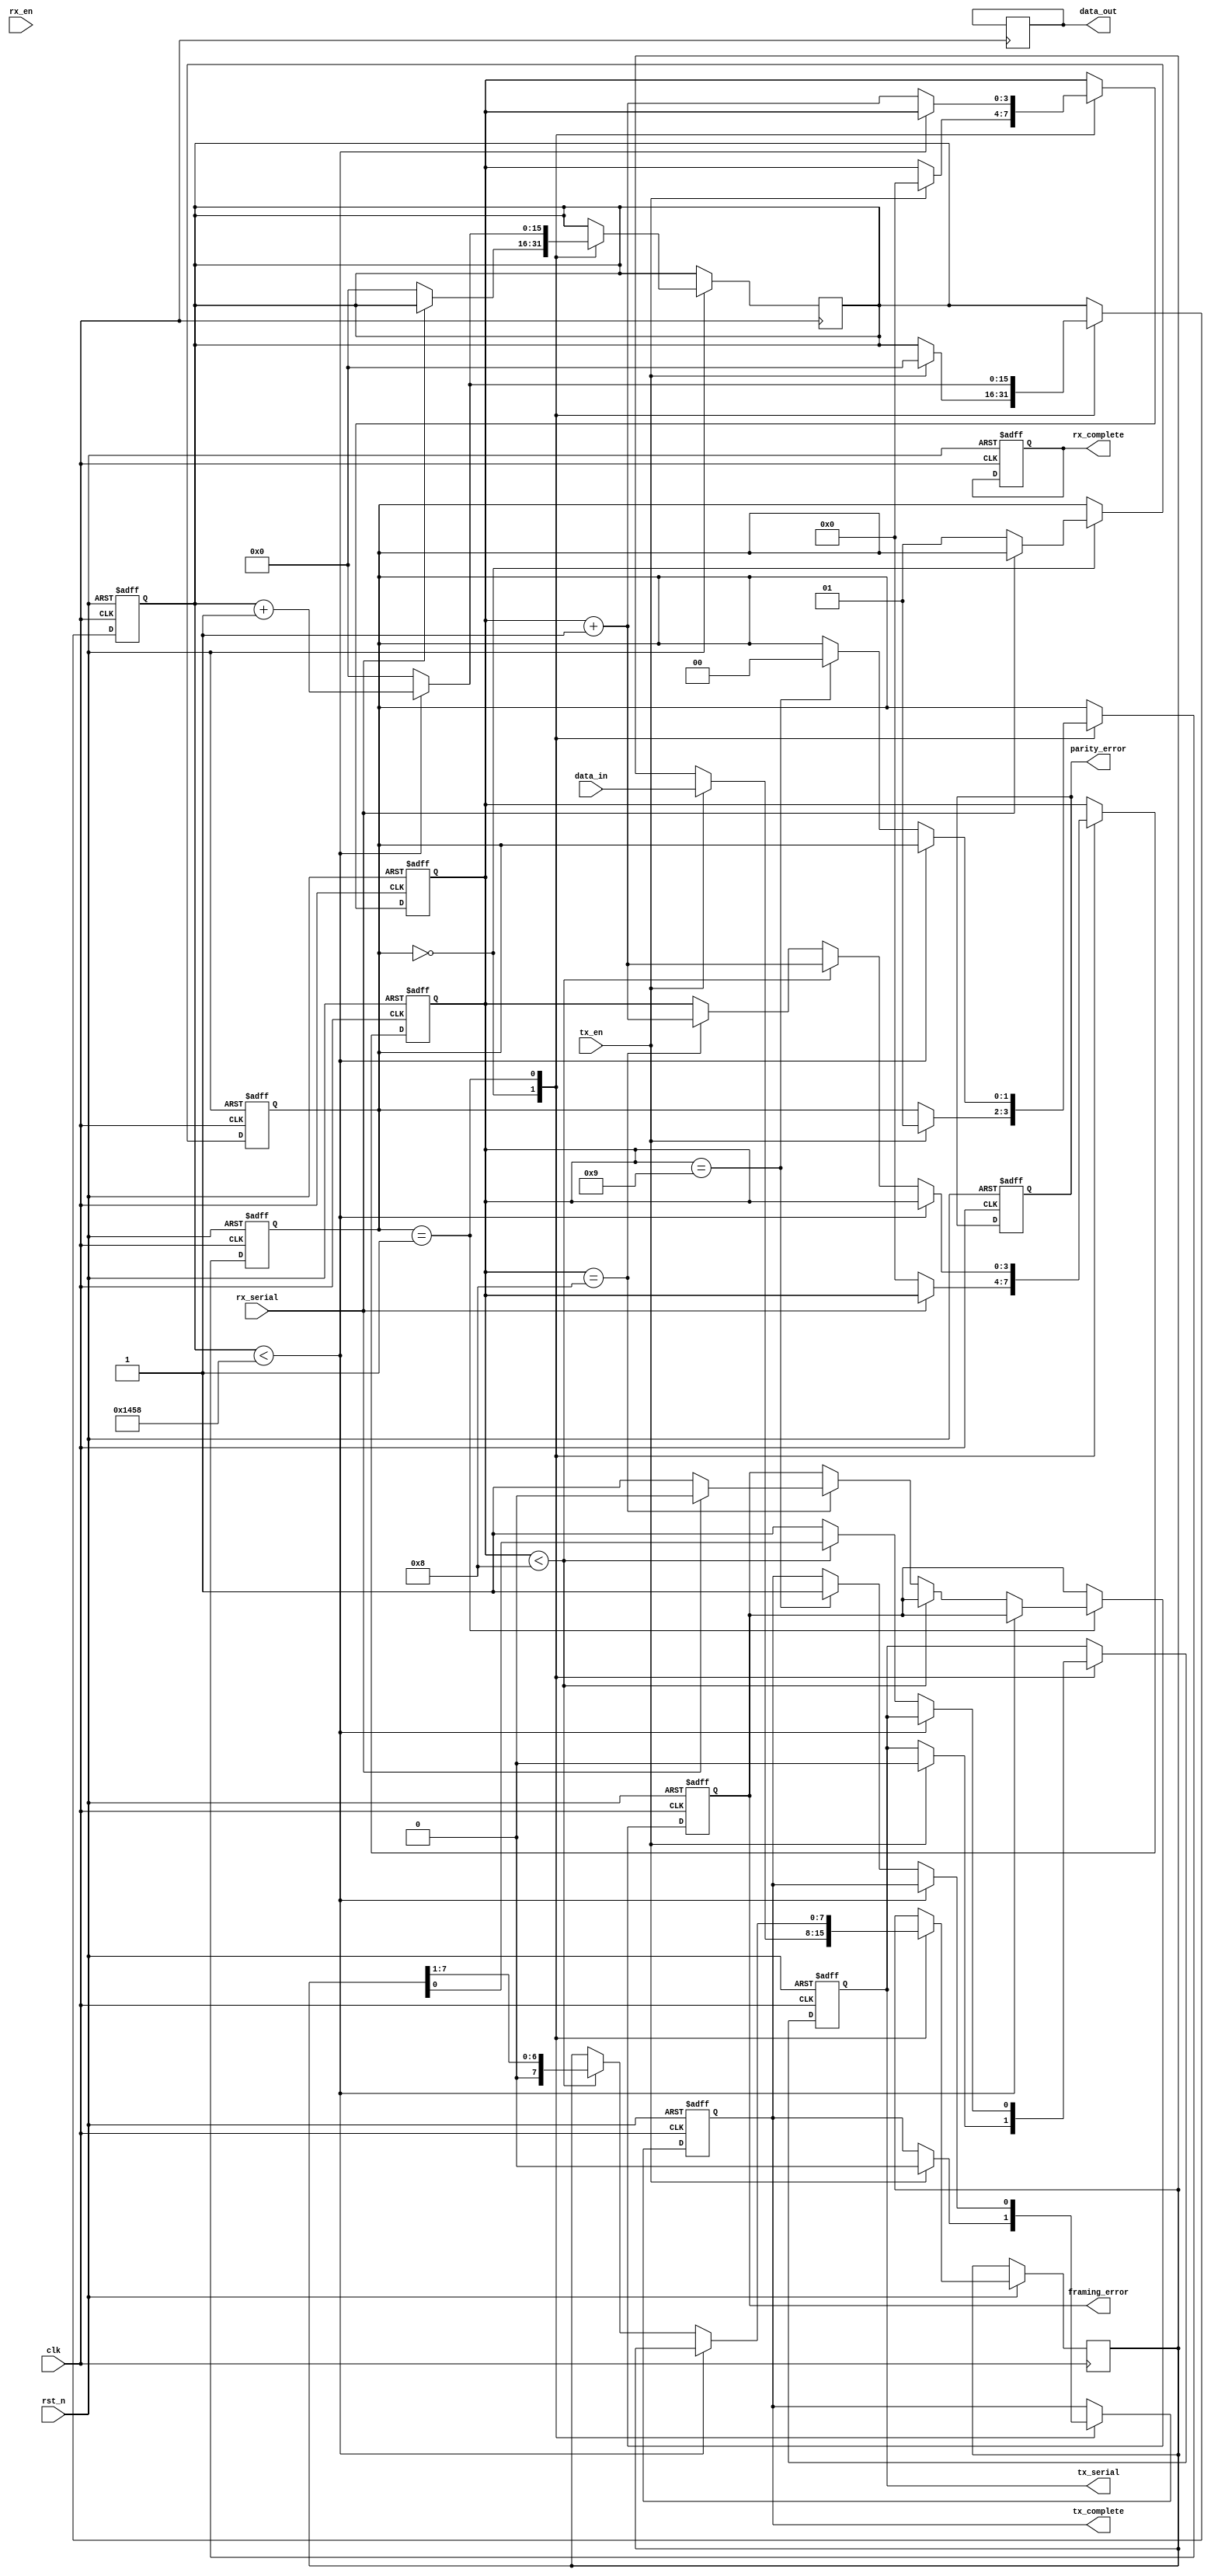
module parameterized_uart #(
    parameter DATA_WIDTH = 8,          // Number of data bits (5 to 9)
    parameter STOP_BITS = 1,            // 1 or 2 stop bits
    parameter PARITY_ENABLE = 0,        // 0: no parity, 1: even, 2: odd
    parameter BAUD_RATE = 9600          // Baud rate
)(
    input wire clk,
    input wire rst_n,
    input wire [DATA_WIDTH-1:0] data_in,
    input wire tx_en,
    input wire rx_en,
    input wire rx_serial,
    output reg tx_serial,
    output reg [DATA_WIDTH-1:0] data_out,
    output reg tx_complete,
    output reg rx_complete,
    output reg parity_error,
    output reg framing_error
);

localparam CLOCK_FREQ = 50000000; // System clock frequency (adjust as needed)
localparam BAUD_DIV = CLOCK_FREQ / BAUD_RATE;

reg [15:0] baud_counter;            // Counter for baud rate timing
reg [3:0] bit_index;                // Bit index for both TX and RX
reg [DATA_WIDTH-1:0] shift_reg;     // Shift register for TX
reg [DATA_WIDTH-1:0] rx_shift_reg;  // Shift register for RX
reg [1:0] state;                    // State machine for UART
reg rx_ready;                       // RX ready signal
reg [1:0] stop_bit_count;           // Stop bit counter
reg parity_bit;                     // Parity bit

// TX state machine
always @(posedge clk or negedge rst_n) begin
    if (!rst_n) begin
        tx_serial <= 1'b1; // Idle state
        baud_counter <= 0;
        bit_index <= 0;
        tx_complete <= 0;
        state <= 0;
    end else begin
        case(state)
            0: begin // Idle state
                if (tx_en) begin
                    shift_reg <= data_in;
                    // Generate parity bit if enabled
                    parity_bit = (PARITY_ENABLE == 1) ? ~^data_in : (PARITY_ENABLE == 2) ? ^data_in : 0;
                    tx_serial <= 1'b0; // Start bit
                    state <= 1;
                    baud_counter <= 0;
                    bit_index <= 0;
                    tx_complete <= 0;
                end
            end
            
            1: begin // Sending data
                if (baud_counter < BAUD_DIV) begin
                    baud_counter <= baud_counter + 1;
                end else begin
                    baud_counter <= 0;
                    if (bit_index < DATA_WIDTH) begin
                        tx_serial <= shift_reg[0]; // Send LSB first
                        shift_reg <= {1'b0, shift_reg[DATA_WIDTH-1:1]};
                        bit_index <= bit_index + 1;
                    end else begin
                        // Send parity bit if enabled
                        if (PARITY_ENABLE > 0) begin
                            tx_serial <= parity_bit;
                            bit_index <= bit_index + 1;
                        end else begin
                            tx_serial <= 1'b1; // Stop bit
                            bit_index <= bit_index + 1;
                        end
                    end
                    if (bit_index == DATA_WIDTH + (PARITY_ENABLE > 0 ? 1 : 0) + STOP_BITS) begin
                        tx_complete <= 1; // Transmission complete
                        state <= 0; // Go back to idle
                    end
                end
            end
        endcase
    end
end

// RX state machine
always @(posedge clk or negedge rst_n) begin
    if (!rst_n) begin
        rx_shift_reg <= 0;
        bit_index <= 0;
        rx_complete <= 0;
        parity_error <= 0;
        framing_error <= 0;
        state <= 0;
    end else begin
        case(state)
            0: begin // Idle state
                if (rx_serial == 0) begin // Start bit detected
                    baud_counter <= 0;
                    bit_index <= 0;
                    state <= 1;
                end
            end
            
            1: begin // Receiving data
                if (baud_counter < BAUD_DIV) begin
                    baud_counter <= baud_counter + 1;
                end else begin
                    baud_counter <= 0;
                    if (bit_index < DATA_WIDTH) begin
                        rx_shift_reg <= {rx_serial, rx_shift_reg[DATA_WIDTH-1:1]}; // Shift in data
                        bit_index <= bit_index + 1;
                    end else if (bit_index == DATA_WIDTH) begin
                        // Check for parity
                        if (PARITY_ENABLE > 0) begin
                            parity_error <= (PARITY_ENABLE == 1) ? (rx_serial != ~^rx_shift_reg) : (rx_serial != ^rx_shift_reg);
                        end else begin
                            // Check stop bit
                            if (rx_serial == 1) begin
                                framing_error <= 0; // No framing error
                            end else begin
                                framing_error <= 1; // Framing error
                            end
                        end
                        bit_index <= bit_index + 1; // Prepare for stop bit
                    end else if (bit_index == DATA_WIDTH + (PARITY_ENABLE > 0 ? 1 : 0)) begin
                        // Ready to complete reception
                        if (STOP_BITS == 2) begin
                            state <= 0; // Wait for another stop bit
                        end else begin
                            data_out <= rx_shift_reg; // Latch received data
                            rx_complete <= 1; // Reception complete
                            state <= 0; // Go back to idle
                        end
                    end
                end
            end
        endcase
    end
end

endmodule